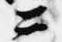
公